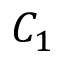
C _ { 1 }